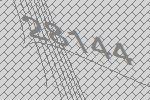
28144